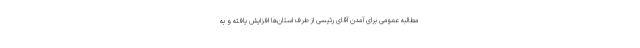
مطالبه عمومی برای آمدن آقای رئیسی از طرف استان‌ها افزایش یافته و به